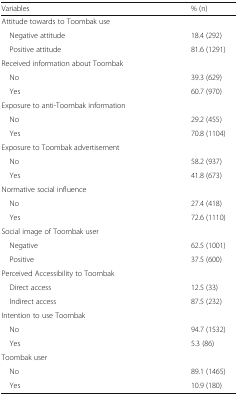
<table><thead><tr><td><b>Variables</b></td><td><b>% (n)</b></td></tr></thead><tbody><tr><td colspan="2">Attitude towards to Toombak use</td></tr><tr><td> Negative attitude</td><td>18.4 (292)</td></tr><tr><td> Positive attitude</td><td>81.6 (1291)</td></tr><tr><td colspan="2">Received information about Toombak</td></tr><tr><td> No</td><td>39.3 (629)</td></tr><tr><td> Yes</td><td>60.7 (970)</td></tr><tr><td colspan="2">Exposure to anti-Toombak information</td></tr><tr><td> No</td><td>29.2 (455)</td></tr><tr><td> Yes</td><td>70.8 (1104)</td></tr><tr><td colspan="2">Exposure to Toombak advertisement</td></tr><tr><td> No</td><td>58.2 (937)</td></tr><tr><td> Yes</td><td>41.8 (673)</td></tr><tr><td colspan="2">Normative social influence</td></tr><tr><td> No</td><td>27.4 (418)</td></tr><tr><td> Yes</td><td>72.6 (1110)</td></tr><tr><td colspan="2">Social image of Toombak user</td></tr><tr><td> Negative</td><td>62.5 (1001)</td></tr><tr><td> Positive</td><td>37.5 (600)</td></tr><tr><td colspan="2">Perceived Accessibility to Toombak</td></tr><tr><td> Direct access</td><td>12.5 (33)</td></tr><tr><td> Indirect access</td><td>87.5 (232)</td></tr><tr><td colspan="2">Intention to use Toombak</td></tr><tr><td> No</td><td>94.7 (1532)</td></tr><tr><td> Yes</td><td>5.3 (86)</td></tr><tr><td colspan="2">Toombak user</td></tr><tr><td> No</td><td>89.1 (1465)</td></tr><tr><td> Yes</td><td>10.9 (180)</td></tr></tbody></table>